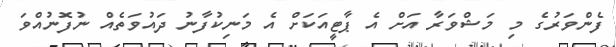
ފެންވަރުގެ މި މަޝްވަރާ އަށް އެ ޕާޓީއަކަށް އެ މަނިކުފާނު ދައުވަތެއް ނުފޮނުއްވަ